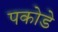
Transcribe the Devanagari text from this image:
पकोडे